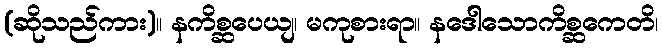
(ဆိုသည်ကား)။ နကိစ္ဆပေယျ၊ မကုစားရာ။ နဒေါသောကိစ္ဆကေတိ၊